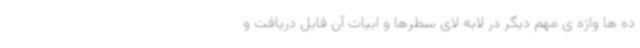
ده ها واژه ی مهم دیگر در لابه لای سطرها و ابیات آن قابل دریافت و